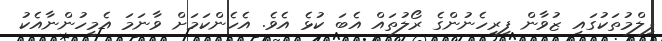
ފިލްމުތަކުގައި ޒުވާން ފިރިހެނުންގެ ރޯލުތައް އެބަ ކުޅެ އެވެ. އެހެންކަމަށް ވާނަމަ އެމީހުންނާއެކު